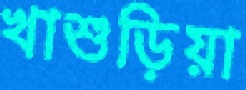
খাশুড়িয়া